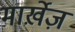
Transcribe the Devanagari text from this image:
मार्ख़ेज़